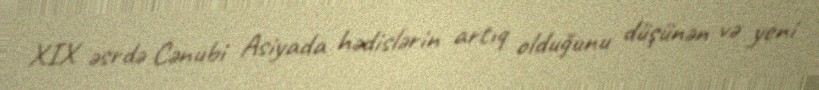
XIX əsrdə Cənubi Asiyada hədislərin artıq olduğunu düşünən və yeni